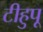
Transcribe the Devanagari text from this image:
टीहुपू